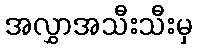
အလွှာအသီးသီးမှ